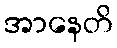
အာနေတိ